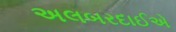
અલબરદાઈએ